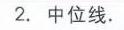
2. 中位线.